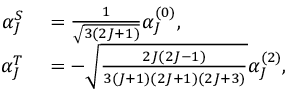
\begin{array} { r l } { \alpha _ { J } ^ { S } } & { { } = \frac { 1 } { \sqrt { 3 ( 2 J + 1 ) } } \alpha _ { J } ^ { ( 0 ) } , } \\ { \alpha _ { J } ^ { T } } & { { } = - \sqrt { \frac { 2 J ( 2 J - 1 ) } { 3 ( J + 1 ) ( 2 J + 1 ) ( 2 J + 3 ) } } \alpha _ { J } ^ { ( 2 ) } , } \end{array}